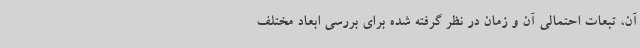
آن، تبعات احتمالی آن و زمان در نظر گرفته شده برای بررسی ابعاد مختلف